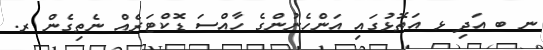
ނ ބ އަދި ޅ އަތޮޅުގައި އަންހެނުންގެ ހާއްސަ ޑޮކްޓަރެއް ނެތިގެން ރ.